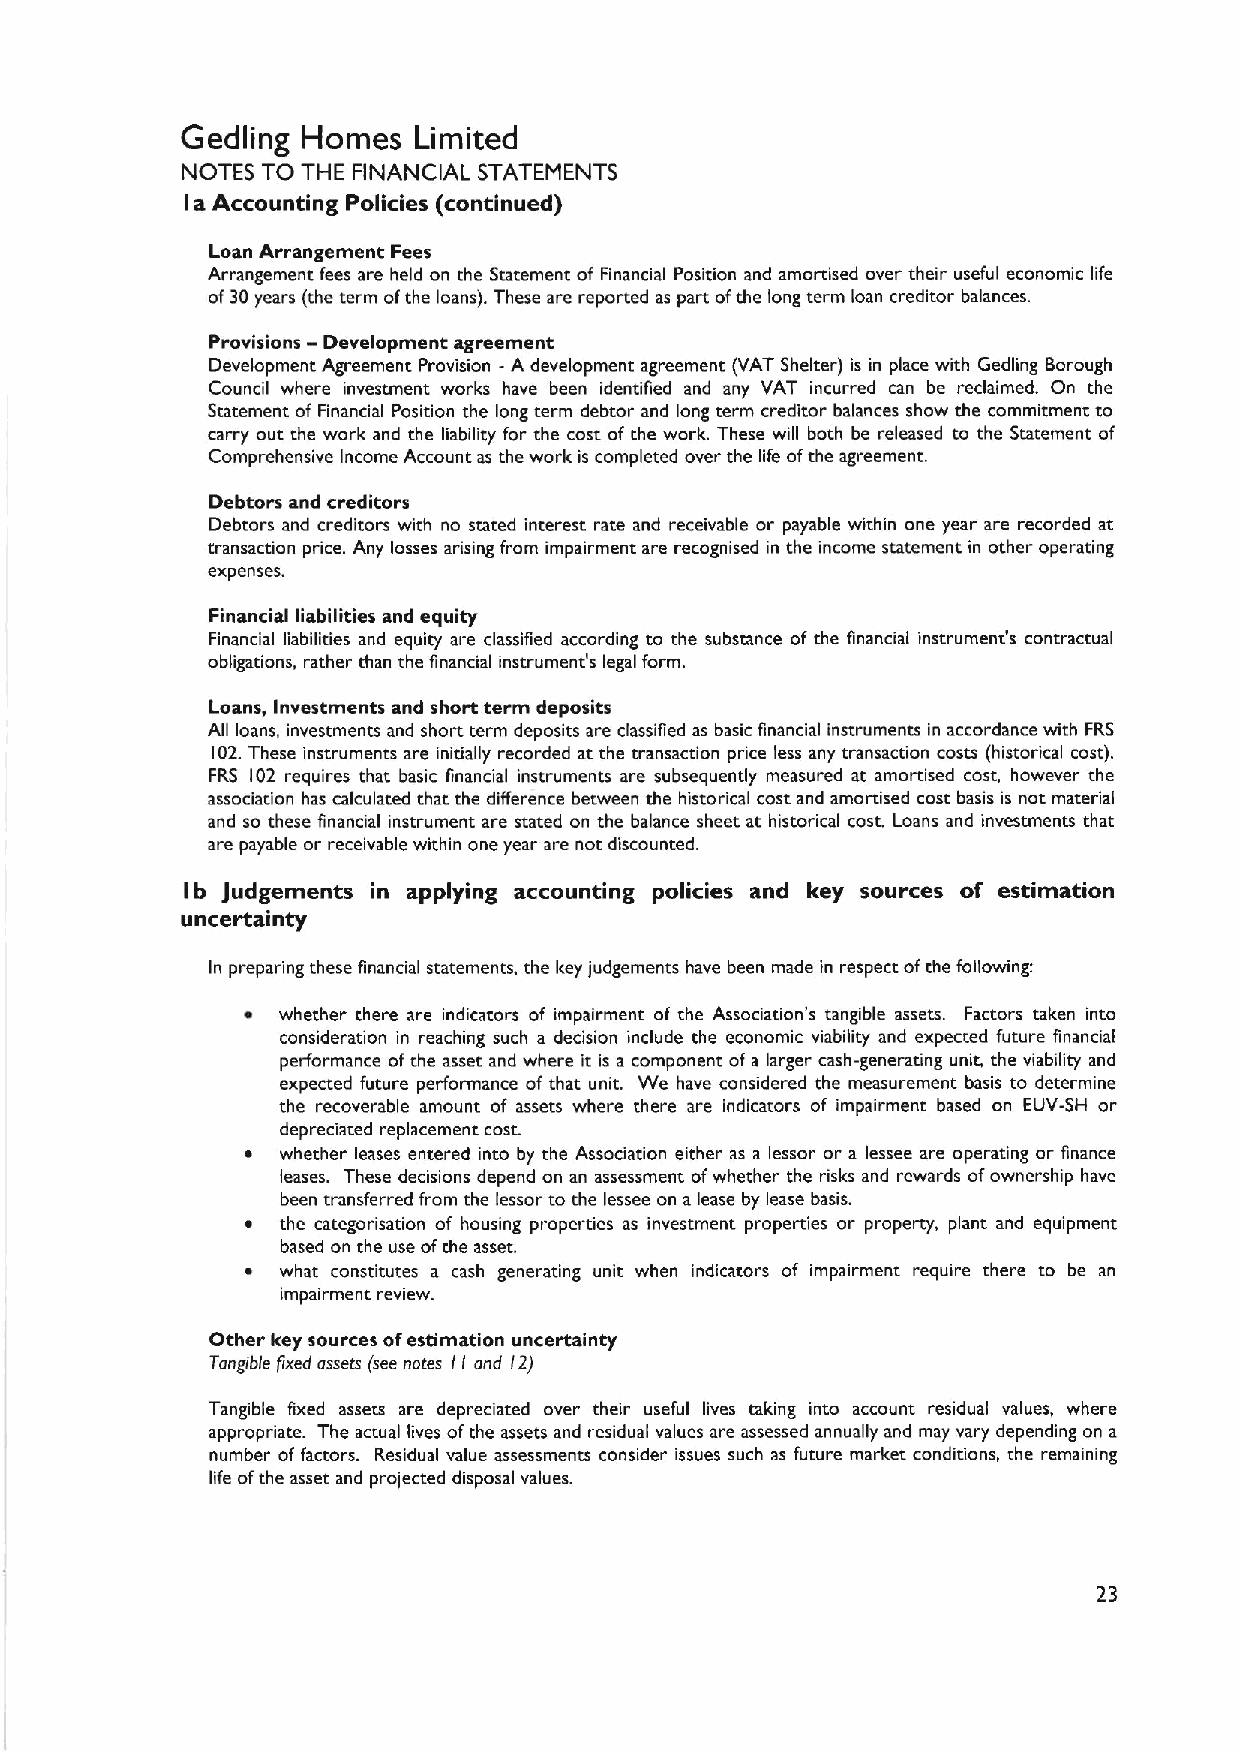
Gedling Homes  Limited
 NOTES TO THE FINANCIAL STATEMENTS
 a Accounting Policies (continued)
 I
 Loan Arrangement Fees
 Arrangement fees are held on the Statement of Financial Position and amortised over their useful economic life
 of30years (the term ofthe loans). These are reported as part ofthe long term loan creditor balances.
 -
 Provisions Development agreement
 Development Agreement Provision -A development agreement (VAT Shelter) is in place with Gedling Borough
 Council where investment works have been identified and any VAT incurred can be reclaimed. On the
 Statement of Financial Position the long term debtor and long term creditor balances show the commitment to
 carry out the work and the liability for the cost of the work. These will both be released to the Statement of
 Comprehensive Income Account as the work is completed over the life ofthe agreement.
 Debtors and creditors
 Debtors and creditors with no stated interest rate and receivable or payable within one year are recorded at
 transaction price. Any losses arising from impairment are recognised in the income statement in other operating
 expenses.
 Financial liabilities and equity
 Financial liabilities and equity are classified according to the substance of the financial instrument's contractual
 obligations, rather than the financial instrument's legal form.
 Loans, Investments and short term deposits
 All loans, investments and short term deposits are classified as basic financial instruments in accordance with FRS
 102.These instruments are initially recorded at the transaction price less any transaction costs (historical cost),
 FRS 102 requires that basic financial instruments are subsequently measured at amortised cost, however the
 association has calculated that the difference between the historical cost and amortised cost basis is not material
 and so these financial instrument are stated on the balance sheet at historical cost. Loans and investments that
 are payable or receivable within one year are not discounted.
 Ib judgements in applying accounting policies and key sources of estimation
 uncertainty
 In preparing these financial statements, the key judgements have been made in respect ofthe following:
 ~ whether there are indicators of impairment of the Association's tangible assets. Factors taken into
 consideration in reaching such a decision include the economic viability and expected future financial
 performance ofthe asset and where it is a component of a larger cash-generating unit, the viability and
 expected future performance of that unit. We have considered the measurement basis to determine
 the recoverable amount of assets where there are indicators of impairment based on EUV-SH or
 depreciated replacement cost.
 ~  whether leases entered into by the Association either as a lessor or a lessee are operating or finance
 leases. These decisions depend on an assessment ofwhether the risks and rewards ofownership have
 been transferred from the lessor to the lessee on a lease by lease basis.
 ~  the categorisation of housing properties as investment properties or property, plant and equipment
 based on the use ofrhe asset.
 ~  what constitutes a cash generating unit when indicators of impairment require chere to be an
 impairment review.
 Other key sources ofestimation uncertainty
 Tangible fixed assets (see nates II and I2)
 Tangible fixed assets are depreciated over their useful lives taking into account residual values, where
 appropriate. The actual lives ofthe assets and residual values are assessed annually and may vary depending on a
 number of factors. Residual value assessments consider issues such as future market conditions, the remaining
 life ofthe asset and projected disposal values.
 23